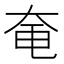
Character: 𪥍